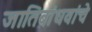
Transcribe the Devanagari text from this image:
जातिबांधवांचे